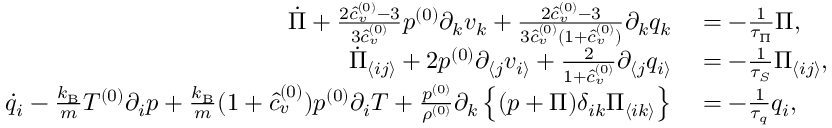
\begin{array} { r l } { \dot { \Pi } + \frac { 2 \hat { c } _ { v } ^ { ( 0 ) } - 3 } { 3 \hat { c } _ { v } ^ { ( 0 ) } } p ^ { ( 0 ) } \partial _ { k } v _ { k } + \frac { 2 \hat { c } _ { v } ^ { ( 0 ) } - 3 } { 3 \hat { c } _ { v } ^ { ( 0 ) } ( 1 + \hat { c } _ { v } ^ { ( 0 ) } ) } \partial _ { k } q _ { k } } & { { } = - \frac { 1 } { \tau _ { \Pi } } \Pi , } \\ { \dot { \Pi } _ { \langle i j \rangle } + 2 p ^ { ( 0 ) } \partial _ { \langle j } v _ { i \rangle } + \frac { 2 } { 1 + \hat { c } _ { v } ^ { ( 0 ) } } \partial _ { \langle j } q _ { i \rangle } } & { { } = - \frac { 1 } { \tau _ { S } } \Pi _ { \langle i j \rangle } , } \\ { \dot { q } _ { i } - \frac { k _ { \mathrm { B } } } { m } T ^ { ( 0 ) } \partial _ { i } p + \frac { k _ { \mathrm { B } } } { m } ( 1 + \hat { c } _ { v } ^ { ( 0 ) } ) p ^ { ( 0 ) } \partial _ { i } T + \frac { p ^ { ( 0 ) } } { \rho ^ { ( 0 ) } } \partial _ { k } \left\{ ( p + \Pi ) \delta _ { i k } \Pi _ { \langle i k \rangle } \right\} } & { { } = - \frac { 1 } { \tau _ { q } } q _ { i } , } \end{array}